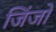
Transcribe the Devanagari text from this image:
जिंजो